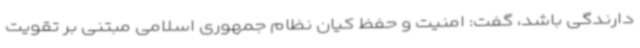
دارندگی باشد، گفت: امنیت و حفظ کیان نظام جمهوری اسلامی مبتنی بر تقویت